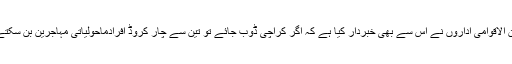
اور بین الاقوامی اداروں نے اس سے بھی خبردار کیا ہے کہ اگر کراچی ڈوب جائے تو تین سے چار کروڈ افرادماحولیاتی مہاجرین بن سکتے ہیں ۔